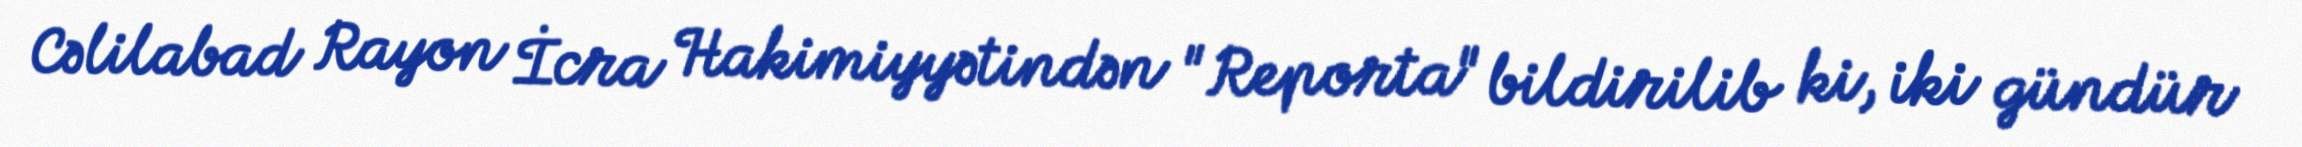
Cəlilabad Rayon İcra Hakimiyyətindən "Reporta" bildirilib ki, iki gündür